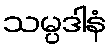
သမ္ပဒါနံ